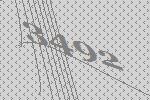
3492